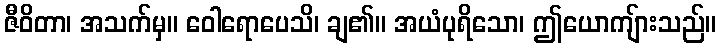
ဇီဝိတာ၊ အသက်မှ။ ဝေါရောပေသိ၊ ချ၏။ အယံပုရိသော၊ ဤယောကျ်ားသည်။